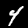
Digit: 4